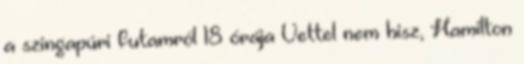
a szingapúri futamról 18 órája Vettel nem hisz, Hamilton